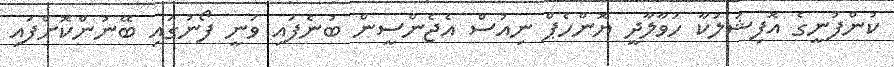
ކުންފުނީގެ އޮފިޝަލަކާ ހަވާލާދީ ޔޮންހެޕް ނިއުސް އެޖެންސީން ބުނެފައި ވަނީ ފޯނުގައި ބޭނުންކޮށްފައި